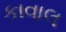
કાવાલ